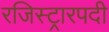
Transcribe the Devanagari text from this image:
रजिस्ट्रारपदी